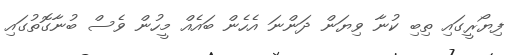
ފިޔޯރީގައި ތިބި ކުނާ ވިޔަން ދަންނަ އެހެން ބައެއް މީހުން ވެސް ބުނާގޮތުގައި